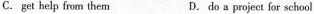
C. get help from them D.do s project for school